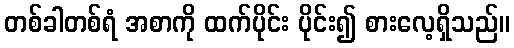
တစ်ခါတစ်ရံ အစာကို ထက်ပိုင်း ပိုင်း၍ စားလေ့ရှိသည်။